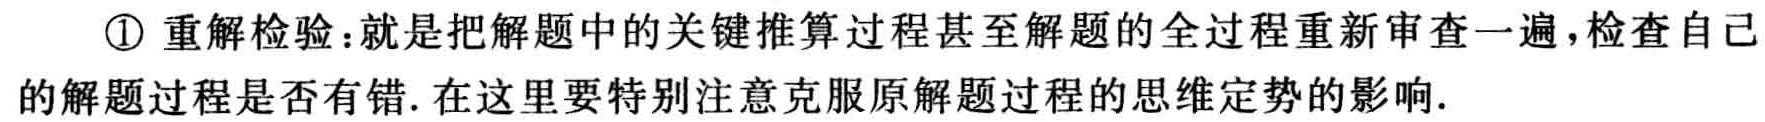
\textcircled{1} 重解检验：就是把解题中的关键推算过程甚至解题的全过程重新审查一遍，检查自己的解题过程是否有错. 在这里要特别注意克服原解题过程的思维定势的影响.